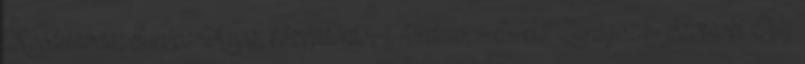
Kosárlabda, Európa Kupa, középdöntő, 1. forduló, CAI Zaragoza-Szolnoki Olaj